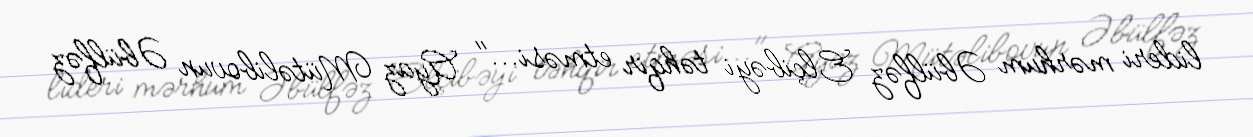
lideri mərhum Əbülfəz Elçibəyi təhqir etməsi..." Ayaz Mütəlibovun Əbülfəz